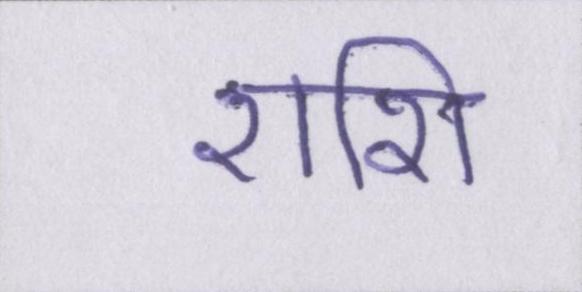
राशि